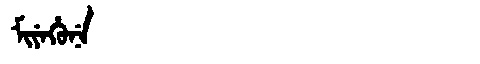
Manchu: ᠮᡳᠶᡝᡥᡠᠨᡝ
Romanization: MIYEHUNE